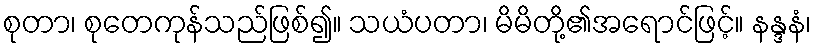
စုတာ၊ စုတေကုန်သည်ဖြစ်၍။ သယံပတာ၊ မိမိတို့၏အရောင်ဖြင့်။ နန္ဒနံ၊